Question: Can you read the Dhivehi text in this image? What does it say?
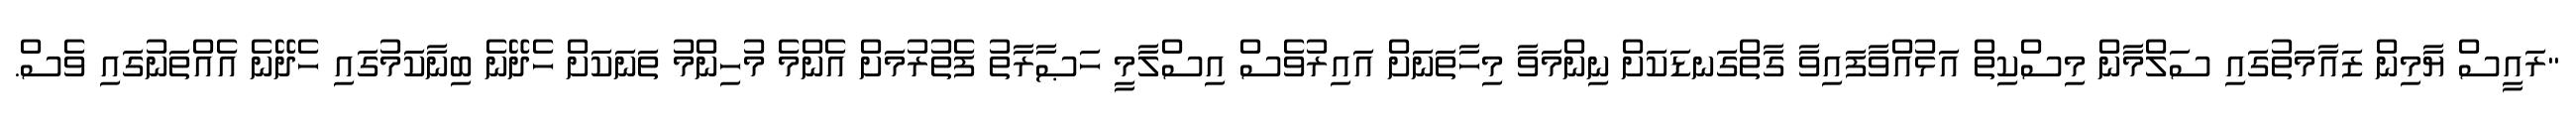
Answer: "ރައީސް ޔާމިން ޒައާމަތުގައި ސަލްމާން މިސްކިތް އަޅުއްވާފައިވާ ގާތްގަނޑަކަށް ނިންމަވާ މިހާތަނަށް އައިރުވެސް އިސްލާމީ ހަޞާރާތު ފެތުރުމަށް އެންމެ މުހިންމު ތަނަކަށް ހެދޭނެ ބިނާކަމުގައި ހެދޭނެ އެއްތަނުގައި ވެސް.